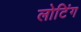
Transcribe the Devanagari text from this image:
लोटिंग